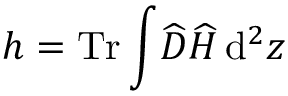
h = \operatorname { T r } \int \! \widehat { \cal D } \widehat { H } \, \mathrm { d } ^ { 2 } z